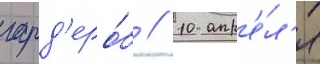
гард'еро́б // 10 апр'е́л'я